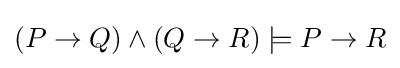
(P\to Q)\land (Q\to R)\models P\to R